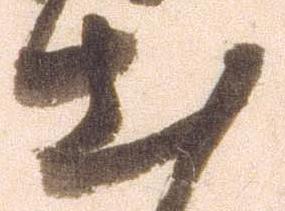
出